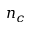
n _ { c }